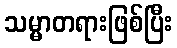
သမ္မာတရားဖြစ်ပြီး